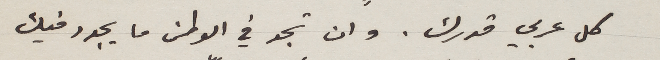
كل عربي قدرك. وان تجد في الوطن ما يجدد فيك